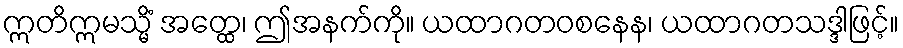
ဣတိဣမသ္မိံ အတ္ထေ၊ ဤအနက်ကို။ ယထာဂတဝစနေန၊ ယထာဂတသဒ္ဒါဖြင့်။